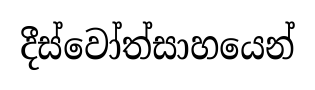
දීස්වෝත්සාහයෙන්